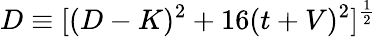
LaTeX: D\equiv[(D-K)^{2}+16(t+V)^{2}]^{\frac{1}{2}}